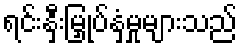
ရင်းနှီးမြှုပ်နှံမှုများသည်